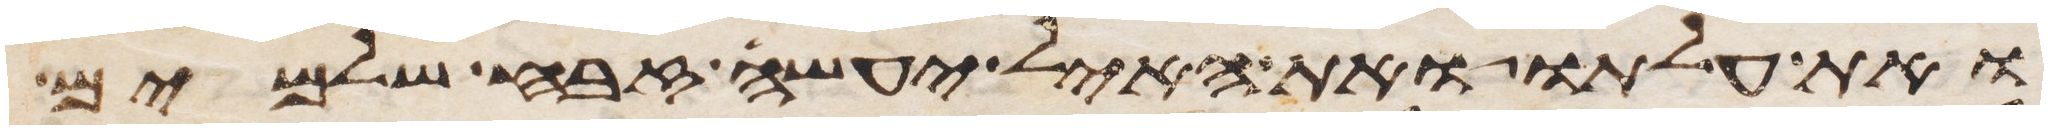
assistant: ואת עלתו ואת האיל יעשה זבח שלמים